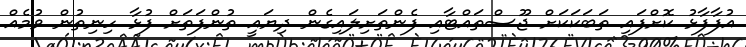
އުފާފާޅު ކޮށްފައި ތަބަކަކަށް ޖޫސްތައްޓާއި ފެންތަށިލައިގެން ދިޔައީ ތުންފަތަށް ފުޅާ ހިނިތުން ވުމެއް